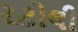
રટોલી